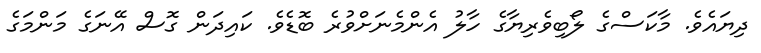
ދިޔައެވެ. މާކަސްގެ ލޯބިވެރިޔާގެ ހާލު އެންމެނަށްވުރެ ބޮޑެވެ. ކައިދަން ގޮސް އޭނަގެ މަންމަގެ